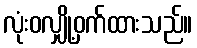
လုံးဝလျှို့ဝှက်ထားသည်။